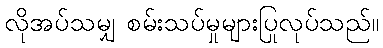
လိုအပ်သမျှ စမ်းသပ်မှုများပြုလုပ်သည်။